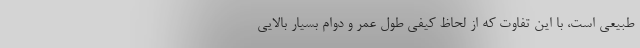
طبیعی است، با این تفاوت که از لحاظ کیفی طول عمر و دوام بسیار بالایی